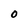
Character: O